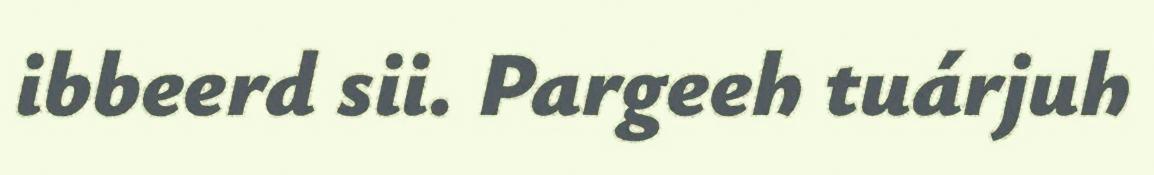
ibbeerd sii. Pargeeh tuárjuh